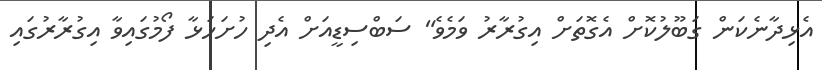
އެޅިދާނެކަން ގަބޫލުކޮށް އެގޮތަށް އިގުރާރު ވަމެވެ" ސަބްސިޑީއަށް އެދި ހުށަހަޅާ ފޯމުގައިވާ އިގުރާރުގައި